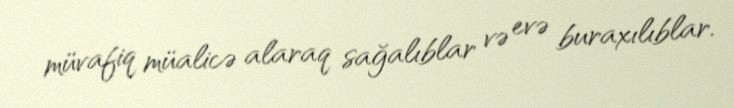
müvafiq müalicə alaraq sağalıblar və evə buraxılıblar.